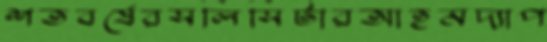
শতবর্ষেরসলিসিটারআহমদ্যাপ